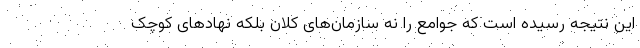
این نتیجه رسیده است که جوامع را نه سازمان‌های کلان بلکه نهادهای کوچک